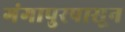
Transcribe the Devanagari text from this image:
गंगापुरपासून